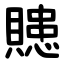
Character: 贃